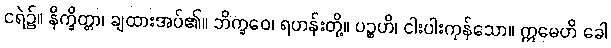
ငရဲ၌။ နိက္ခိတ္တာ၊ ချထားအပ်၏။ ဘိက္ခဝေ၊ ရဟန်းတို့။ ပဉ္စဟိ၊ ငါးပါးကုန်သော။ ဣမေဟိ ခေါ